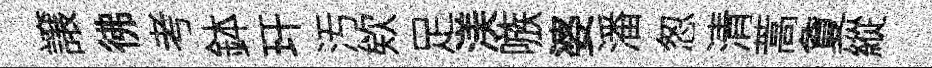
譲彿考鉢玕汚欸足渼嗾婆潘怱清蒿夐縱